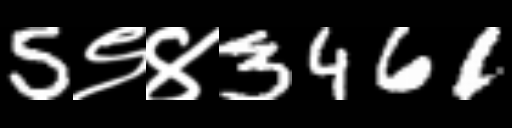
Text: 5९४3461